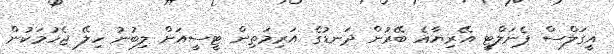
އީގަލްސް ޕެނަލްޓީ އޭރިޔާޣެ ބޭރުން ދަނޑުގެ އަރިމަތިން ޓީސީއަށް ލިބުނު ހިލޭ ޖެހުމަކުން